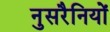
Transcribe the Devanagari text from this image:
नुसरैनियों